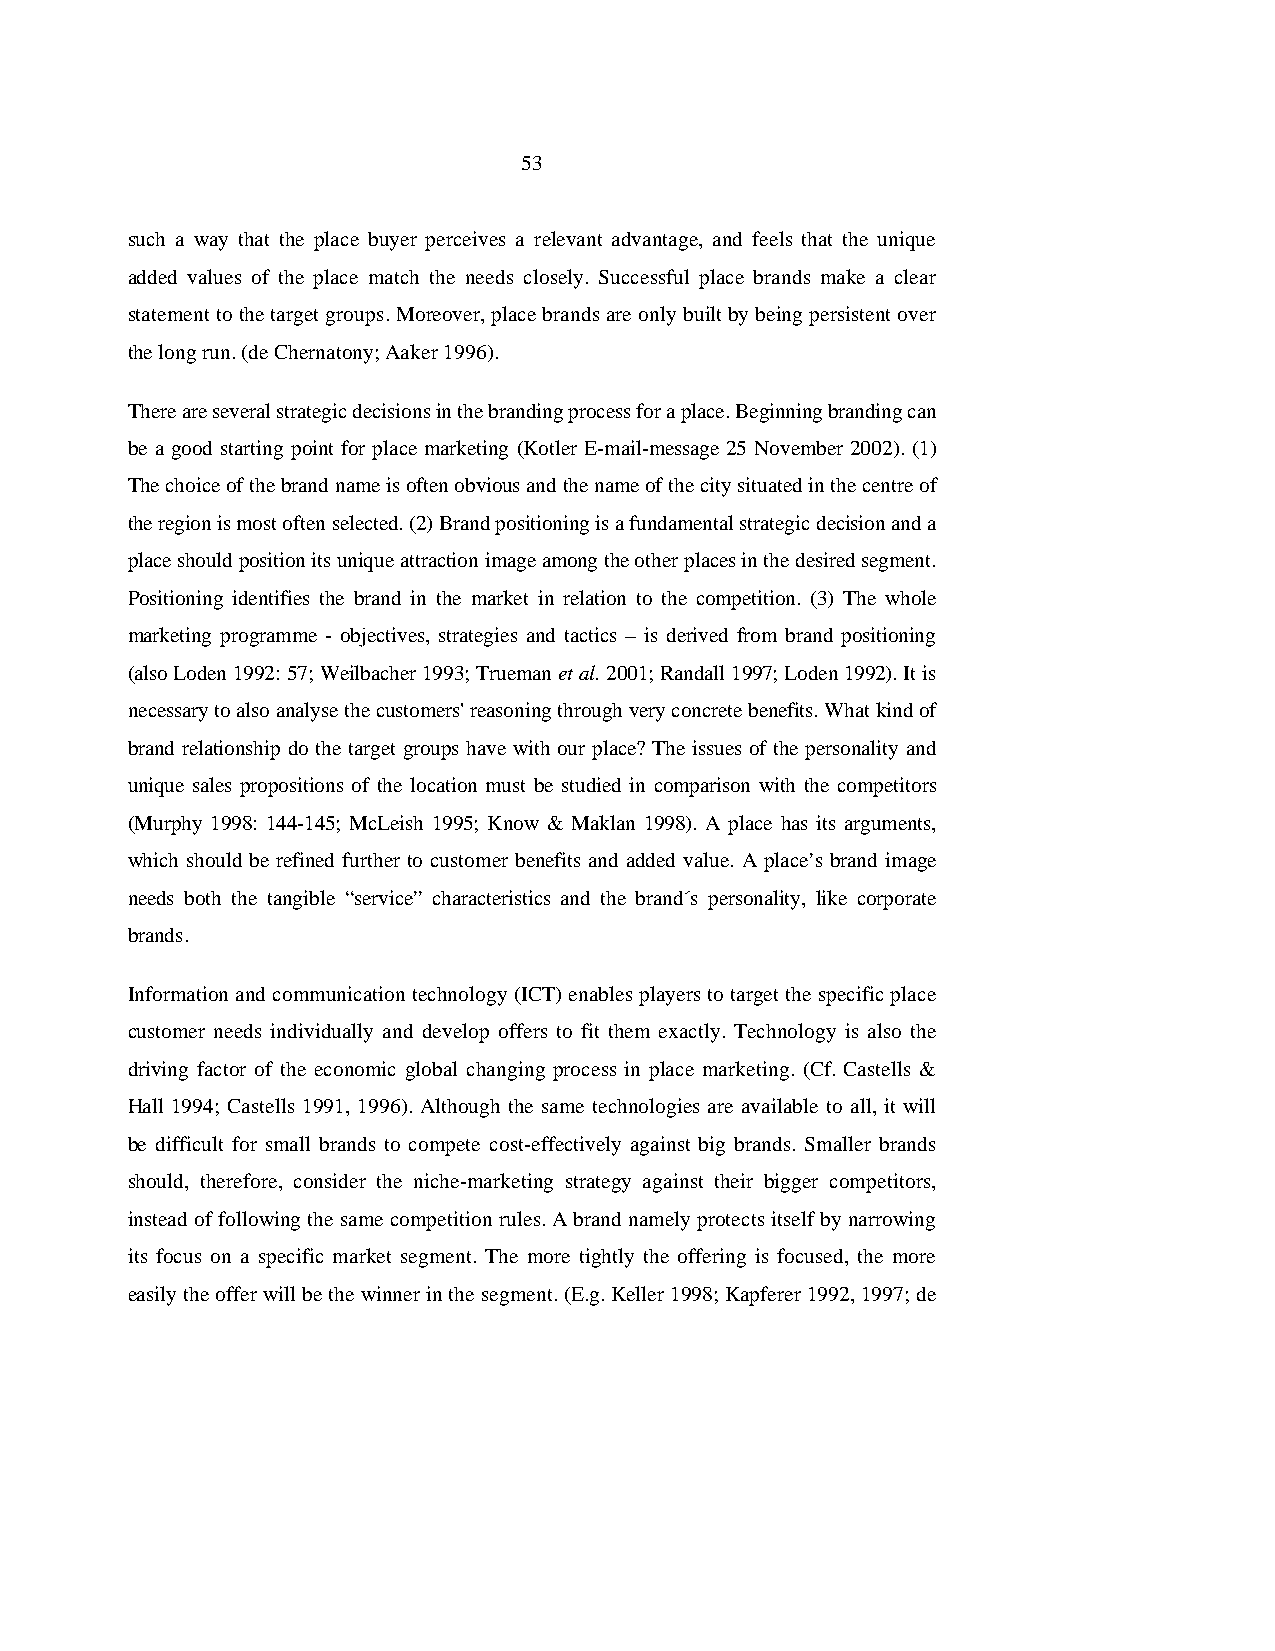
53
 such a way that the place buyer perceives a relevant advantage, and feels that the unique
 added values of the place match the needs closely. Successful place brands make a clear
 statement to the target groups. Moreover, place brands are only built by being persistent over
 the long run. (de Chernatony; Aaker 1996).
 There are several strategic decisions in the branding process for a place. Beginning branding can
 be a good starting point for place marketing (Kotler E-mail-message 25 November 2002). (1)
 The choice of the brand name is often obvious and the name of the city situated in the centre of
 the region is most often selected. (2) Brand positioning is a fundamental strategic decision and a
 place should position its unique attraction image among the other places in the desired segment.
 Positioning identifies the brand in the market in relation to the competition. (3) The whole
 marketing programme - objectives, strategies and tactics – is derived from brand positioning
 (also Loden 1992: 57; Weilbacher 1993; Trueman et al. 2001; Randall 1997; Loden 1992). It is
 necessary to also analyse the customers' reasoning through very concrete benefits. What kind of
 brand relationship do the target groups have with our place? The issues of the personality and
 unique sales propositions of the location must be studied in comparison with the competitors
 (Murphy 1998: 144-145; McLeish 1995; Know & Maklan 1998). A place has its arguments,
 which should be refined further to customer benefits and added value. A place’s brand image
 needs both the tangible “service” characteristics and the brand´s personality, like corporate
 brands.
 Information and communication technology (ICT) enables players to target the specific place
 customer needs individually and develop offers to fit them exactly. Technology is also the
 driving factor of the economic global changing process in place marketing. (Cf. Castells &
 Hall 1994; Castells 1991, 1996). Although the same technologies are available to all, it will
 be difficult for small brands to compete cost-effectively against big brands. Smaller brands
 should, therefore, consider the niche-marketing strategy against their bigger competitors,
 instead of following the same competition rules. A brand namely protects itself by narrowing
 its focus on a specific market segment. The more tightly the offering is focused, the more
 easily the offer will be the winner in the segment. (E.g. Keller 1998; Kapferer 1992, 1997; de